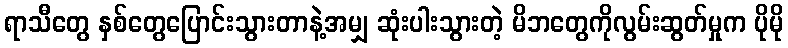
ရာသီတွေ နှစ်တွေပြောင်းသွားတာနဲ့အမျှ ဆုံးပါးသွားတဲ့ မိဘတွေကိုလွမ်းဆွတ်မှုက ပိုမို